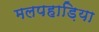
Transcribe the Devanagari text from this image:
मलपहाड़िया